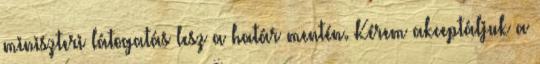
miniszteri látogatás lesz a határ mentén. Kérem akceptáljuk a